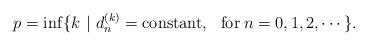
LaTeX: \begin{align*}p=\inf\{ k~\vert~ d_n^{(k)}=\mbox{constant},~~\mbox{for}\: n=0,1,2,\cdots\}.\end{align*}